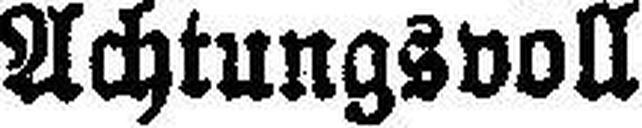
Achtungsvoll